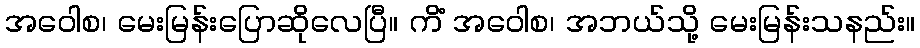
အဝေါစ၊ မေးမြန်းပြောဆိုလေပြီ။ ကိံ အဝေါစ၊ အဘယ်သို့ မေးမြန်းသနည်း။